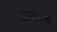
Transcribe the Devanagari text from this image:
घोक्याचे